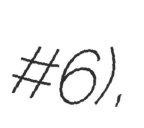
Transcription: #6),